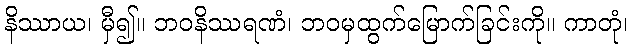
နိဿာယ၊ မှီ၍။ ဘဝနိဿရဏံ၊ ဘဝမှထွက်မြောက်ခြင်းကို။ ကာတုံ၊